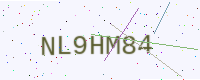
Text: NL9HM84